Subject: stat
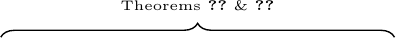
LaTeX code:
\begin{tikzpicture}
    \draw [decorate, decoration={brace,amplitude=5pt},line width=0.5pt] (0,0) -- (5,0);

    \node at (2.5,0.4) {\tiny Theorems~\ref{thm:nonparam_dis_z}~\&~\ref{thm:expfam_dis_z}};
\end{tikzpicture}